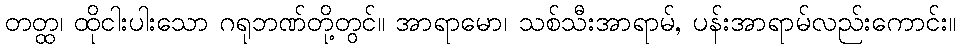
တတ္ထ၊ ထိုငါးပါးသော ဂရုဘဏ်တို့တွင်။ အာရာမော၊ သစ်သီးအာရာမ်, ပန်းအာရာမ်လည်းကောင်း။